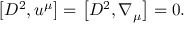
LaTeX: \left[ { \cal D } ^ { 2 } , u ^ { \mu } \right] = \left[ { \cal D } ^ { 2 } , \nabla _ { \mu } \right] = 0 .